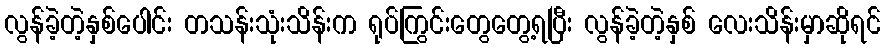
လွန်ခဲ့တဲ့နှစ်ပေါင်း တသန်းသုံးသိန်းက ရုပ်ကြွင်းတွေတွေ့ရပြီး လွန်ခဲ့တဲ့နှစ် လေးသိန်းမှာဆိုရင်